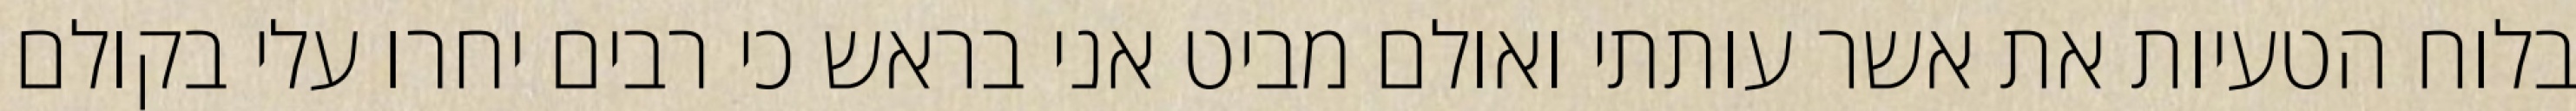
בלוח הטעיות את אשר עותתי ואולם מביט אני בראש כי רבים יחרו עלי בקולם